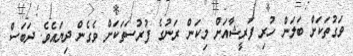
ވަގުތަކަށް ބަލަން ހުރި ފަރީޝާއަށް މިކަން ރަނުގެ ފުރުސަތަކަށް ވެގެން ދިޔައެވެ. ދަބަސް